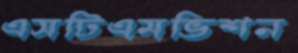
এসটিএমভিশন